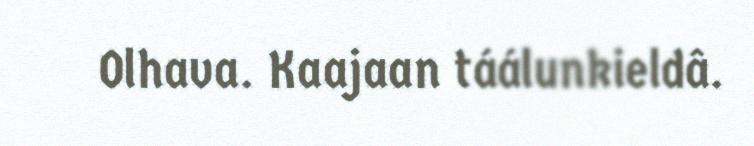
Olhava. Kaajaan táálunkieldâ.